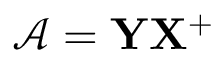
\mathcal { A } = { \bf Y } { \bf X } ^ { + }